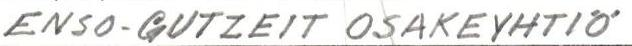
ENSO-GUTZEIT OSAKEYHTIÖ